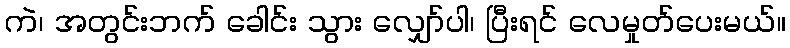
ကဲ၊ အတွင်းဘက် ခေါင်း သွား လျှော်ပါ၊ ပြီးရင် လေမှုတ်ပေးမယ်။